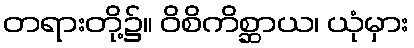
တရားတို့၌။ ဝိစိကိစ္ဆာယ၊ ယုံမှား